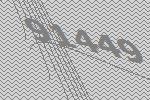
91449